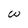
Character: W